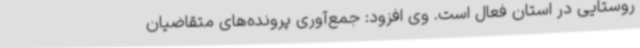
روستایی در استان فعال است. وی افزود: جمع‌آوری پرونده‌های متقاضیان